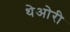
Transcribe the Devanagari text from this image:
थेओरी